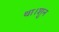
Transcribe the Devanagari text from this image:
था।शुन